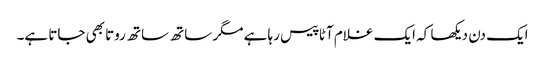
ایک دن دیکھا کہ ایک غلام آٹا پیس رہا ہے مگر ساتھ ساتھ روتا بھی جاتا ہے۔